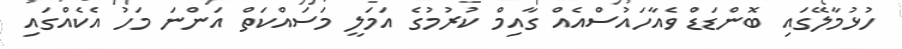
ހުޅުމާލޭގައި ބޮންޑަޑް ވެއާހައުސްއެއް ގާއިމް ކުރުމުގެ އަމަލީ މަސައްކަތް އަންނަ މަހު އެކެއްގައި